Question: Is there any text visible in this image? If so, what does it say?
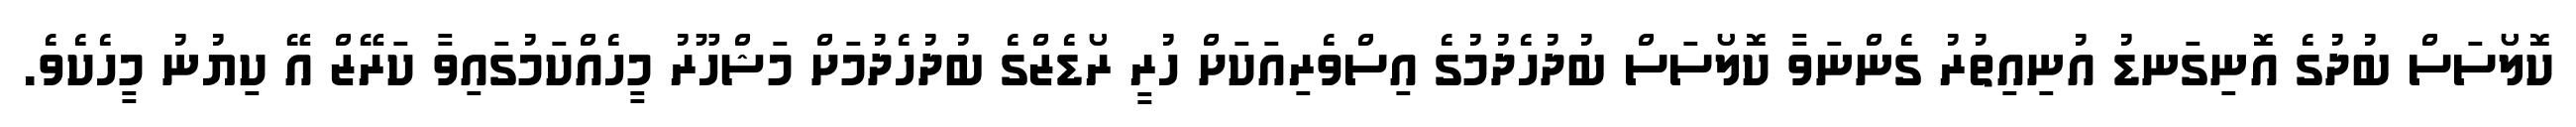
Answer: ކޮލޯސަސް ބުދުގެ އޮނިގަނޑު އުނިއިތުރު ގެންނަވާ ކޮލޯސަސް ބުދުހެދުމުގެ އިސްވެރިއަކަށް ހުރީ ރޯޑެޒްގެ ބުދުހެދުމަށް މަޝްހޫރު މީހެއްކަމުގައިވާ ކަރޭޒް އޭ ކިޔުނު މީހެކެވެ.